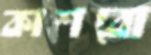
কাশবো